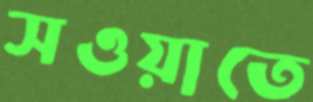
সওয়াতে